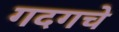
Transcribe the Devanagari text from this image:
गदगचे